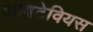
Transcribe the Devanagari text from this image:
आवटेवियस